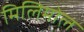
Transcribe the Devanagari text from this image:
मिलिमोल